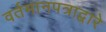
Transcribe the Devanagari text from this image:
वर्तमानपत्राद्वारे